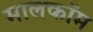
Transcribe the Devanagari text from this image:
मालकॉम